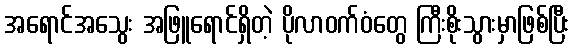
အရောင်အသွေး အဖြူရောင်ရှိတဲ့ ပိုလာဝက်ဝံတွေ ကြီးစိုးသွားမှာဖြစ်ပြီး